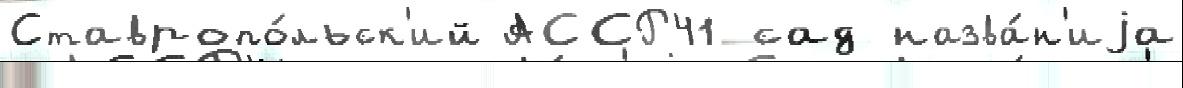
Ставропо́льск'ий АССР41 сад назва́н'иjа